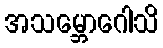
အသမ္ဘောဂေါသိ